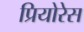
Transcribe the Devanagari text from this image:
प्रियोरेस